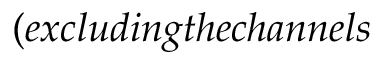
( e x c l u d i n g t h e c h a n n e l s